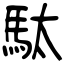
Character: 駄